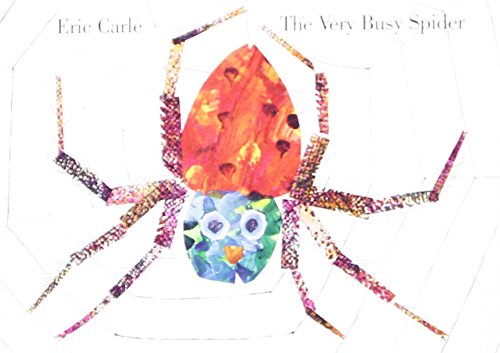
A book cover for The Very Busy Spider; Eric Carle; Children's Books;